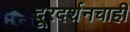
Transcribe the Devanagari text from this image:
दूरदर्शनचाही